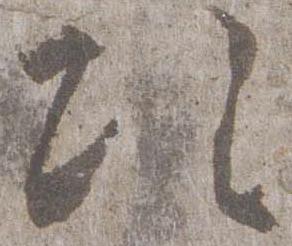
次